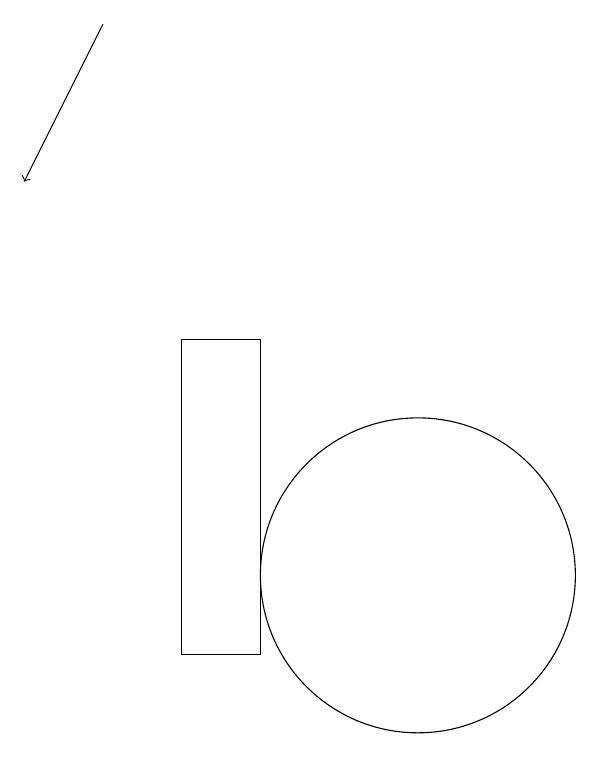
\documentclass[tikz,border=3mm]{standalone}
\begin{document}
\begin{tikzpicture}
\draw[->] (7,18) -- (6,16);
\draw (8,14) rectangle (9,10);
\draw (11,11) circle (2);
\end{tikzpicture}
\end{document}